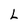
Character: L